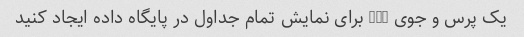
یک پرس و جوی SQL برای نمایش تمام جداول در پایگاه داده ایجاد کنید